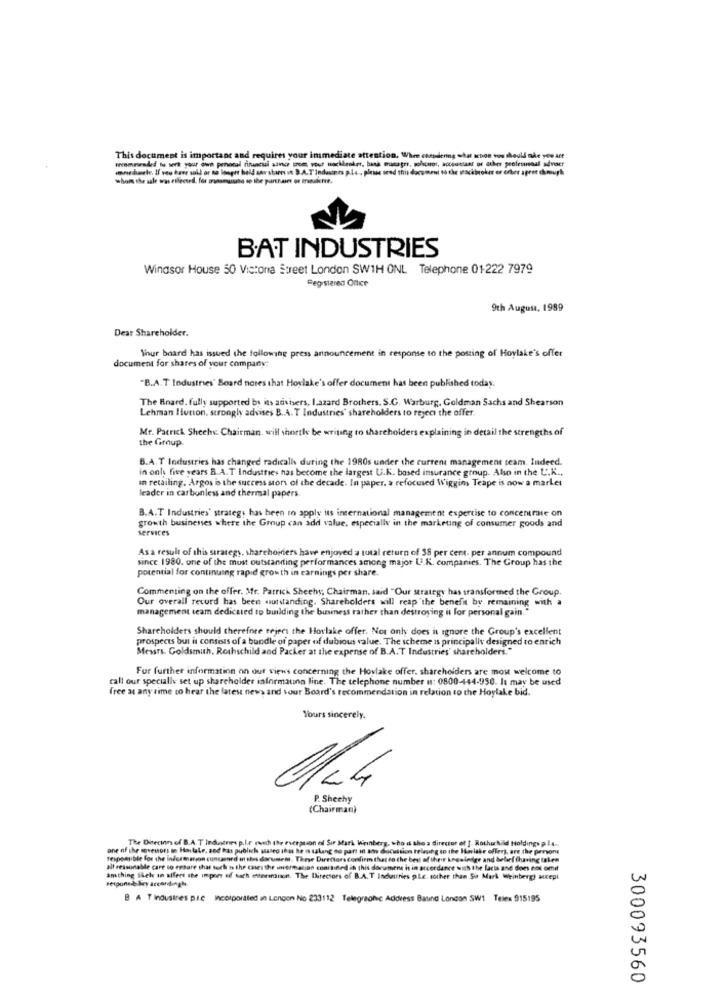
wecomewraded to sert your own penoral finuncui advir prom your nochbenket, bask trumagrr, solicnot, accountant or other professional adver
This document is important and requires your immediate attention. When considering what schon vos should nde you are
immediate, If veo have sold or no loogit hold sar shares in B.A.T'industers p.l.4 . please send this document to the trackbroker er orber aprot chmugh
whom the sale was elected, for manamuuho sp the parthaier or transkftf.
BAT INDUSTRIES
Windsor House 50 Victoria Street London SW1H ONL Telephone 01-222 7979
Registered Office
9th August, 1989
Dear Shareholder.
Thur board has issued the following press announcement in response to the posting of Hoylake's offer
document for shares of your company:
"B.A.T Industries' Board notes that Hoylake's offer document has been published today.
The Board. fully supported by its advisers, I.azard Brothers. S.C. Warburg, Goldman Sachs and Shearson
Lehman Hutton, strongly advises B.A.T Industries' shareholders to reject the offer.
Mr. Patrick Sheche Chairman, will shortly be writing to shareholders explaining in detail the strengths of
the Group
B.A.T Industries has changed radicalh during the 1980s under the current management team. Indeed.
in only five years B.A.T Industries has become the largest U.K. based insurance group. Also in the U.K .,
In retailing. Argos is the success story of the decade. In paper, a refocused Wiggins Teape is now a market
leader in carbonless and thermal papers.
B.A.T Industries' strateg: has been to apply its international management expertise to concentrate on
growth businesses where the Group can add value, especially in the marketing of consumer goods and
services
Asa result of this strategy, shareholders have enjoyed a total return of 38 per cent. per annum compound
since 1980. one of the most outstanding performances among major U.K. companies. The Group has the
potential for continuing rapid growth in earnings per share.
Commenting on the offer. Mr. Patrick Sheehy, Chairman. said "Our strategy has transformed the Group.
Our overall record has been outstanding. Shareholders will reap the benefit by remaining with a
management team dedicated to building the business rather than destroying it for personal gain."
Shareholders should therefore reject the Horlake offer. Not only does it ignore the Group's excellent
prospects but it consists of a bundle of paper of dubious value. The scheme is principally designed to enrich
Messrs. Goldsmith, Rothschild and Packer at the expense of B.A.T Industries' shareholders."
For further information on our views concerning the Hovlake offer, shareholders are most welcome to
call our specially set up shareholder informauna line. The telephone number is: 0800-444-950. It may be used
free at any time to hear the latest news and sour Board's recommendation in relation to the Hoylake bid.
Yours sincerely.
P. Shechy
(Chairman)
The Ditecinn of B.A. T Indatres p.L.e roth the everguion of Sir Mark Wirinberg, who is shoa director of ]. Rother bild Holdings pl ...
ane of the sevenors sn Hiatale, and has publich museo that he Is talang so part in a discussion telauhg to the Inlthe offers, are the persons
responsible for the information cuncanned in this document. These Direitors confirm that do the best of their knowledge and bebrf (having taken
all ressunable care to ensure that such 6 the cases the usermation conitined in this document is in accordance with the facts and does not omit
amthing Bleks in affect the impact of tach mereninon. The Directors of B.A.T Industries Le. sother than Si Mark Weinberg) accept
B AT Industries pie Incorporated in London No 233:12 Telegraphic Address Baund London SW1 Telex 915195
300093560